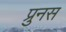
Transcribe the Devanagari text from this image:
प्रुनस